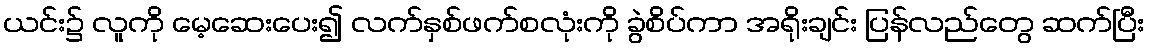
ယင်း၌ လူကို မေ့ဆေးပေး၍ လက်နှစ်ဖက်စလုံးကို ခွဲစိပ်ကာ အရိုးချင်း ပြန်လည်တွေ ဆက်ပြီး